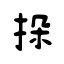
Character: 挆